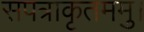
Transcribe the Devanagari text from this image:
सपत्राकृतममु।